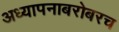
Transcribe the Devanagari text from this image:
अध्‍यापनाबरोबरच